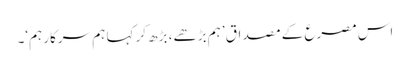
اس مصرع کے مصداق ’ہم بڑھے، بڑھ کر کہا ہم سرکار ہم‘۔